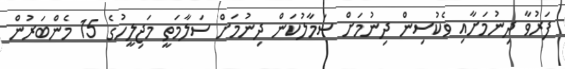
ފަރުވާ ދިނުމަށާއި ވެކުސިން ދިނުމަށް ސަމާލުކަން ދިނުމަށް ސަލާމަތީ މަޖިލީހުގެ 15 މެންބަރުން